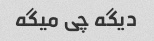
دیگه چی میگه